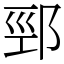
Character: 䣆